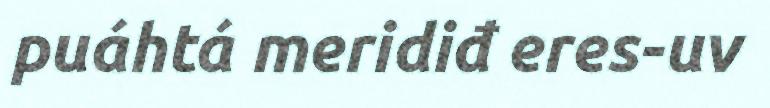
puáhtá meridiđ eres-uv